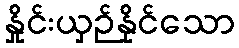
နှိုင်းယှဉ်နိုင်သော